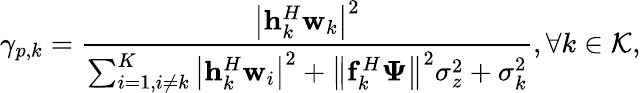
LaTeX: \gamma_{p,k}=\frac{\left|\mathbf{h}_{k}^{H}\mathbf{w}_{{k}}\right|^{2}}{\sum_{i=1,i\neq k}^{K}\left|\mathbf{h}_{k}^{H}\mathbf{w}_{i}\right|^{2}+\left\| \mathbf{f}_{k}^{H}\boldsymbol{\Psi}\right\| ^{2}\sigma_{z}^{2}+\sigma_{k}^{2}},\forall k\in\mathcal{K},